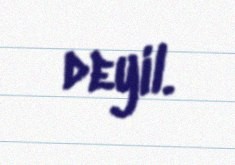
deyil.